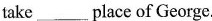
take ____place of George.